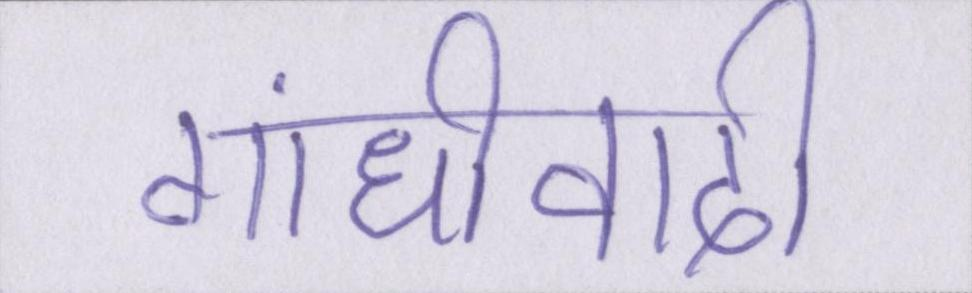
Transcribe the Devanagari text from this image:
गांधीवादी